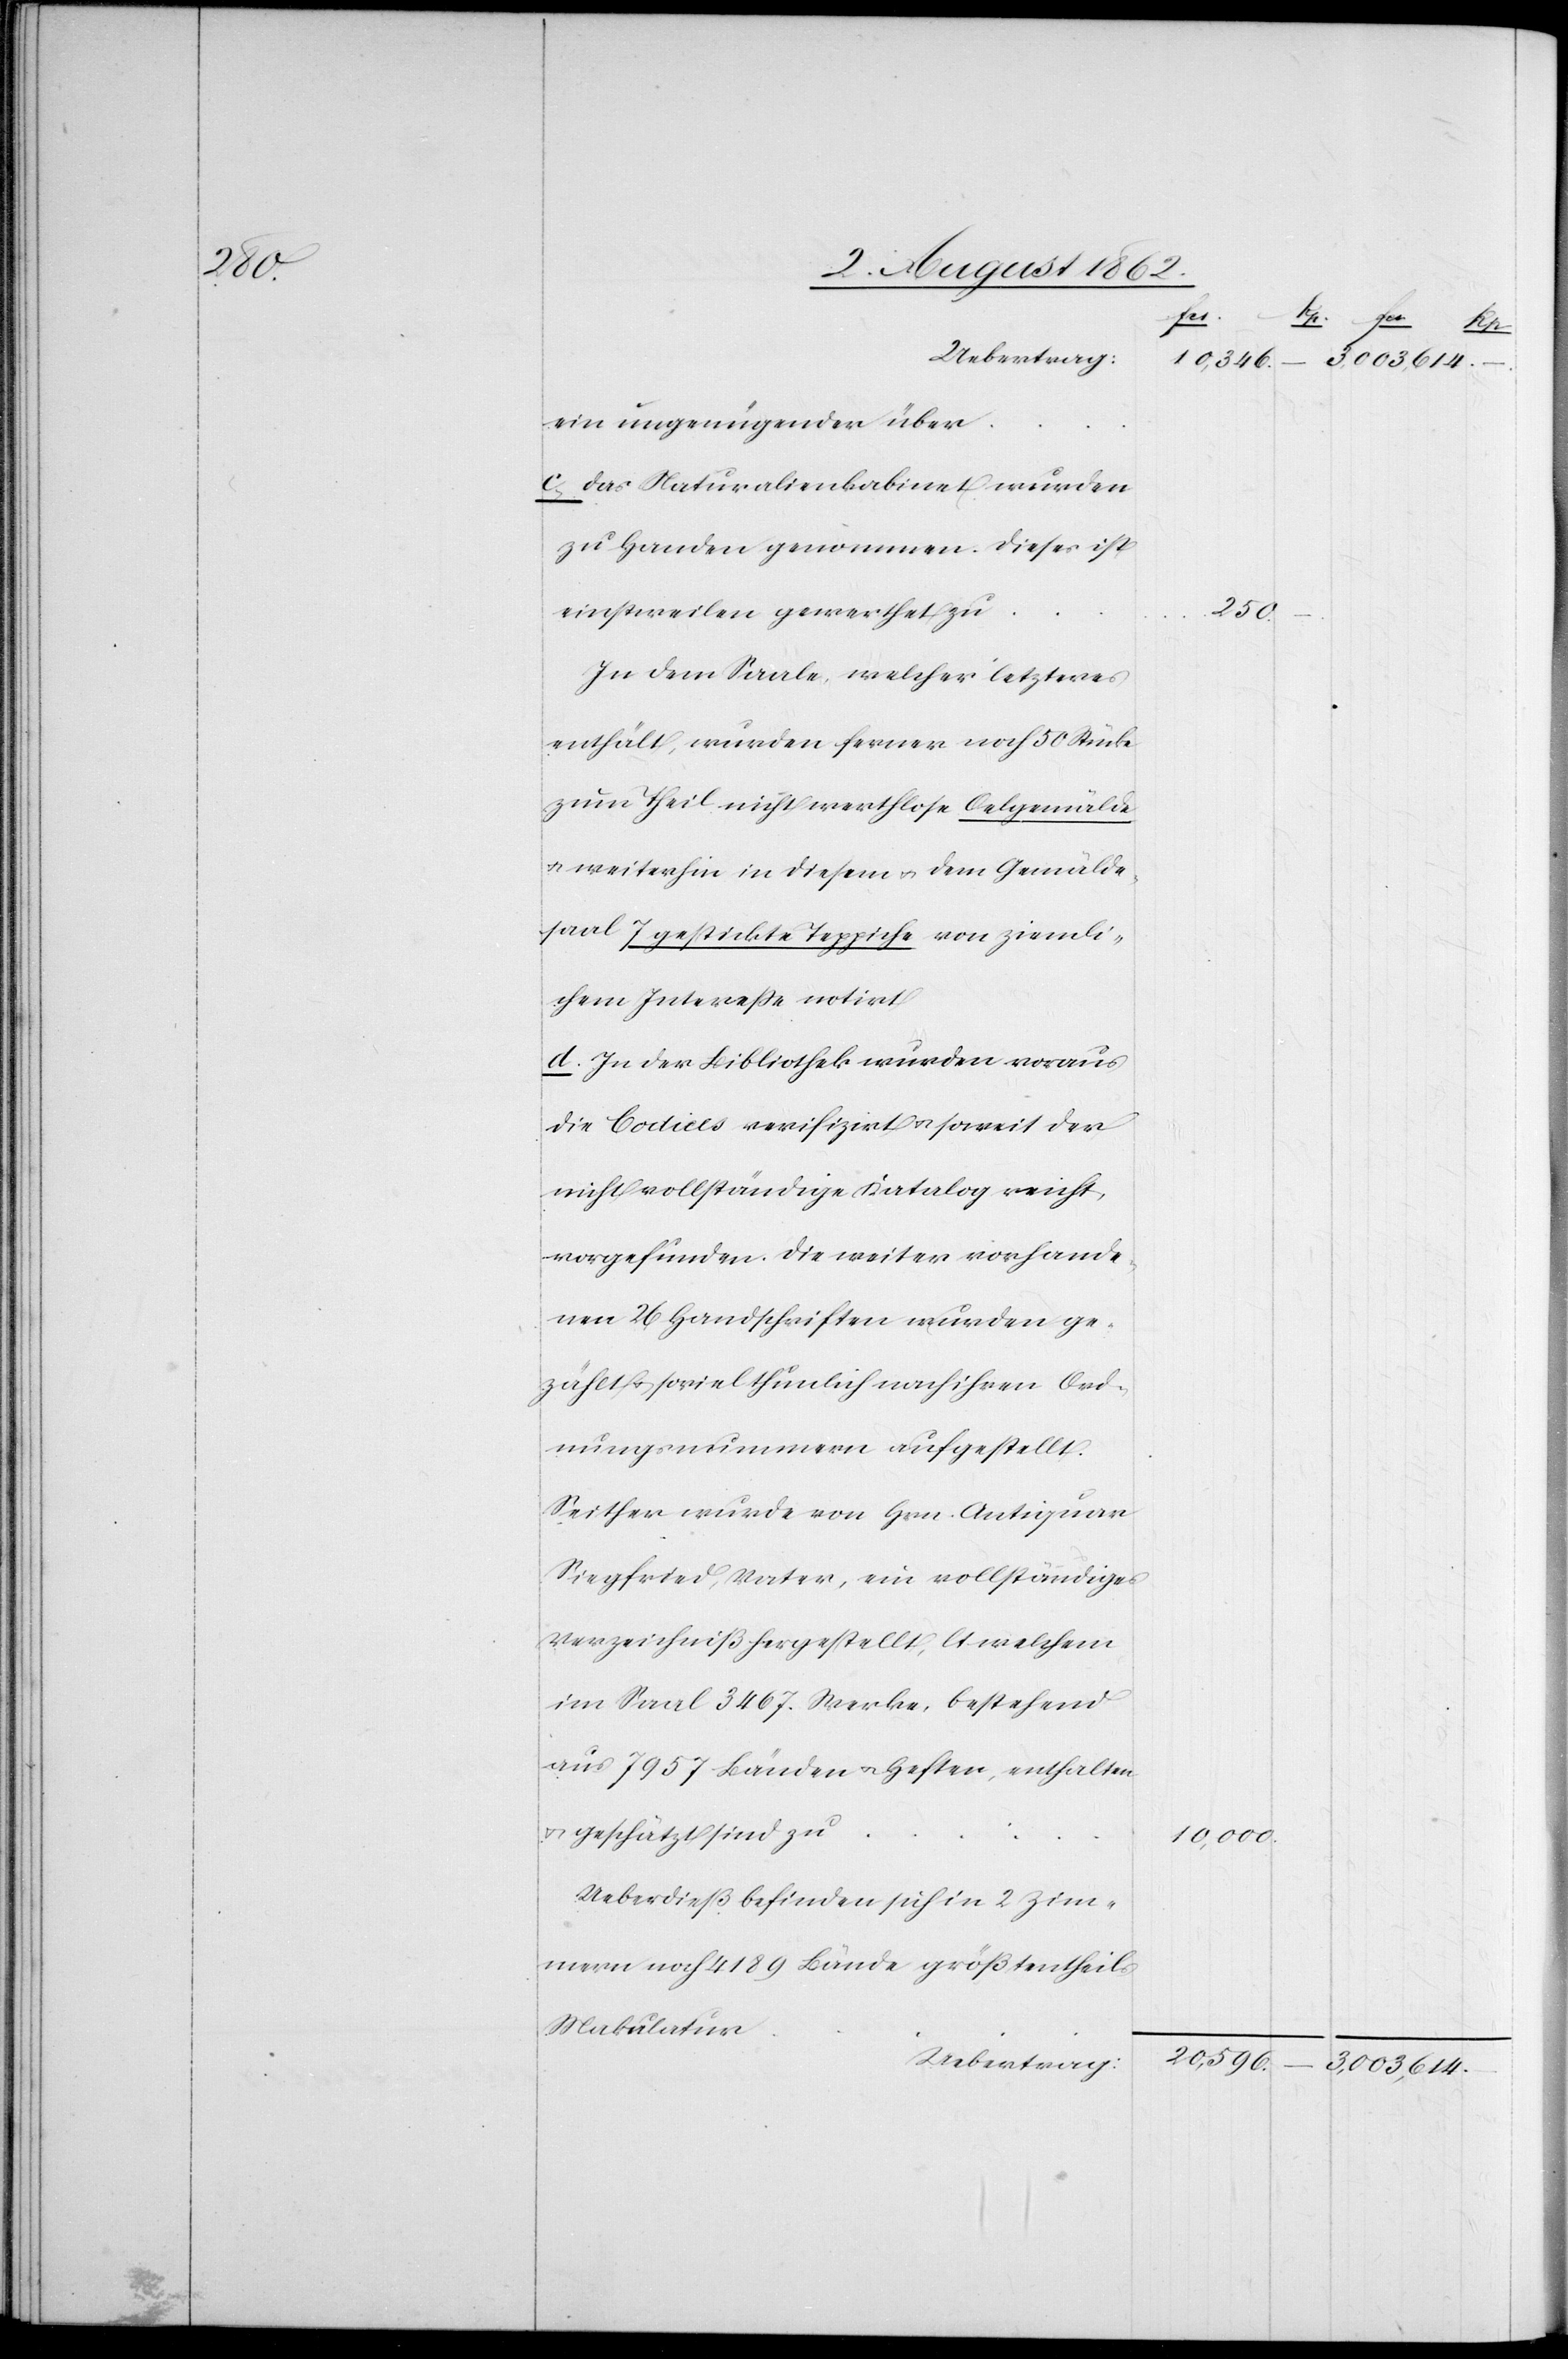
10,346.
ein ungenügender über
c. das Naturalienkabinet wurden
zu Handen genommen. Dieses ist
einstweilen gewerthet zu
250.
In dem Saale, welcher letzteres
enthält, wurden ferner noch 50 Stücke
zum Theil nicht werthlose Oelgemälde
u. weiterhin in diesem u. dem Gemälde¬
saal 7 gestickte Teppiche von ziemli¬
chem Intereße notirt.
d. In der Bibliothek wurden voraus
die Codices verifizirt u. soweit der
nicht vollständige Katalog reicht,
vorgefunden. Die weiter vorhande¬
nen 26 Handschriften wurden ge¬
zählt u. soviel thunlich nach ihren Ord¬
nungsnummern aufgestellt.
Seither wurde von Hrn. Antiquar
Siegfried, Vater, ein vollständiges
Verzeichniß hergestellt, lt. welchem
im Saal 3467. Werke, bestehend
aus 7957 Bänden u. Heften, enthalten
u. geschätzt sind zu
Ueberdieß befinden sich in 2 Zim¬
mern noch 4189 Bände größtentheils
Makulatur.
Uebertrag

10,000.

–
3,003,614.